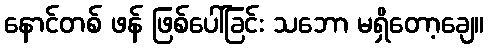
နောင်တစ် ဖန် ဖြစ်ပေါ်ခြင်း သဘော မရှိတော့ချေ။